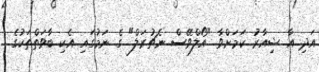
އަދި އާ ޝިއާރު ކަމަށްވާ "އޯލްވޭސް ނެޗުރަލް" ގެ ނަމުގައި އެކި ބާވަތްތަކުގެ